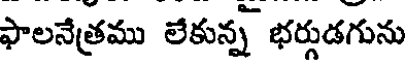
ఫాలనేత్రము లేకున్న భర్గుడగును